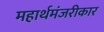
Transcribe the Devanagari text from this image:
महार्थमंजरीकार